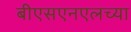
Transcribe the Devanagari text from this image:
बीएसएनएलच्या